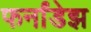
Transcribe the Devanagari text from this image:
फर्नांडेझ